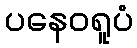
ပနေဝရူပံ